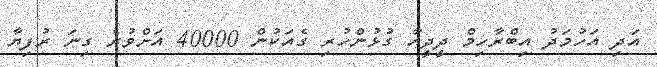
އަދި އަހުމަދު އިބްރާހިމް ދީދީއާ ގުޅުންހުރި ގެއަކުން 40000 އަށްވުރެ ގިނަ ރުފިޔާ